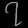
Digit: ၇